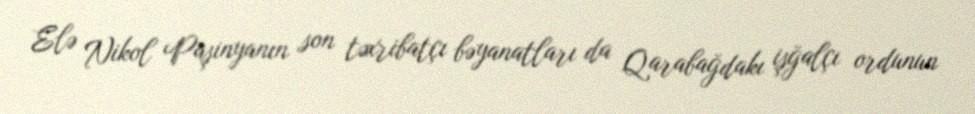
Elə Nikol Paşinyanın son təxribatçı bəyanatları da Qarabağdakı işğalçı ordunun